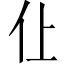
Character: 仩